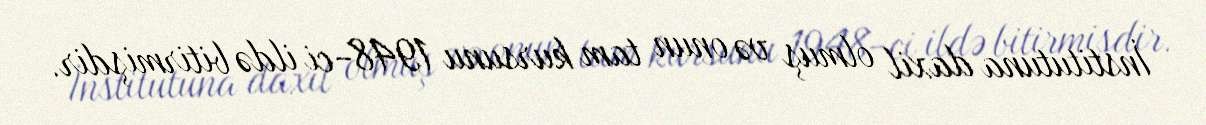
İnstitutuna daxil olmuş və onun tam kursunu 1948-ci ildə bitirmişdir.